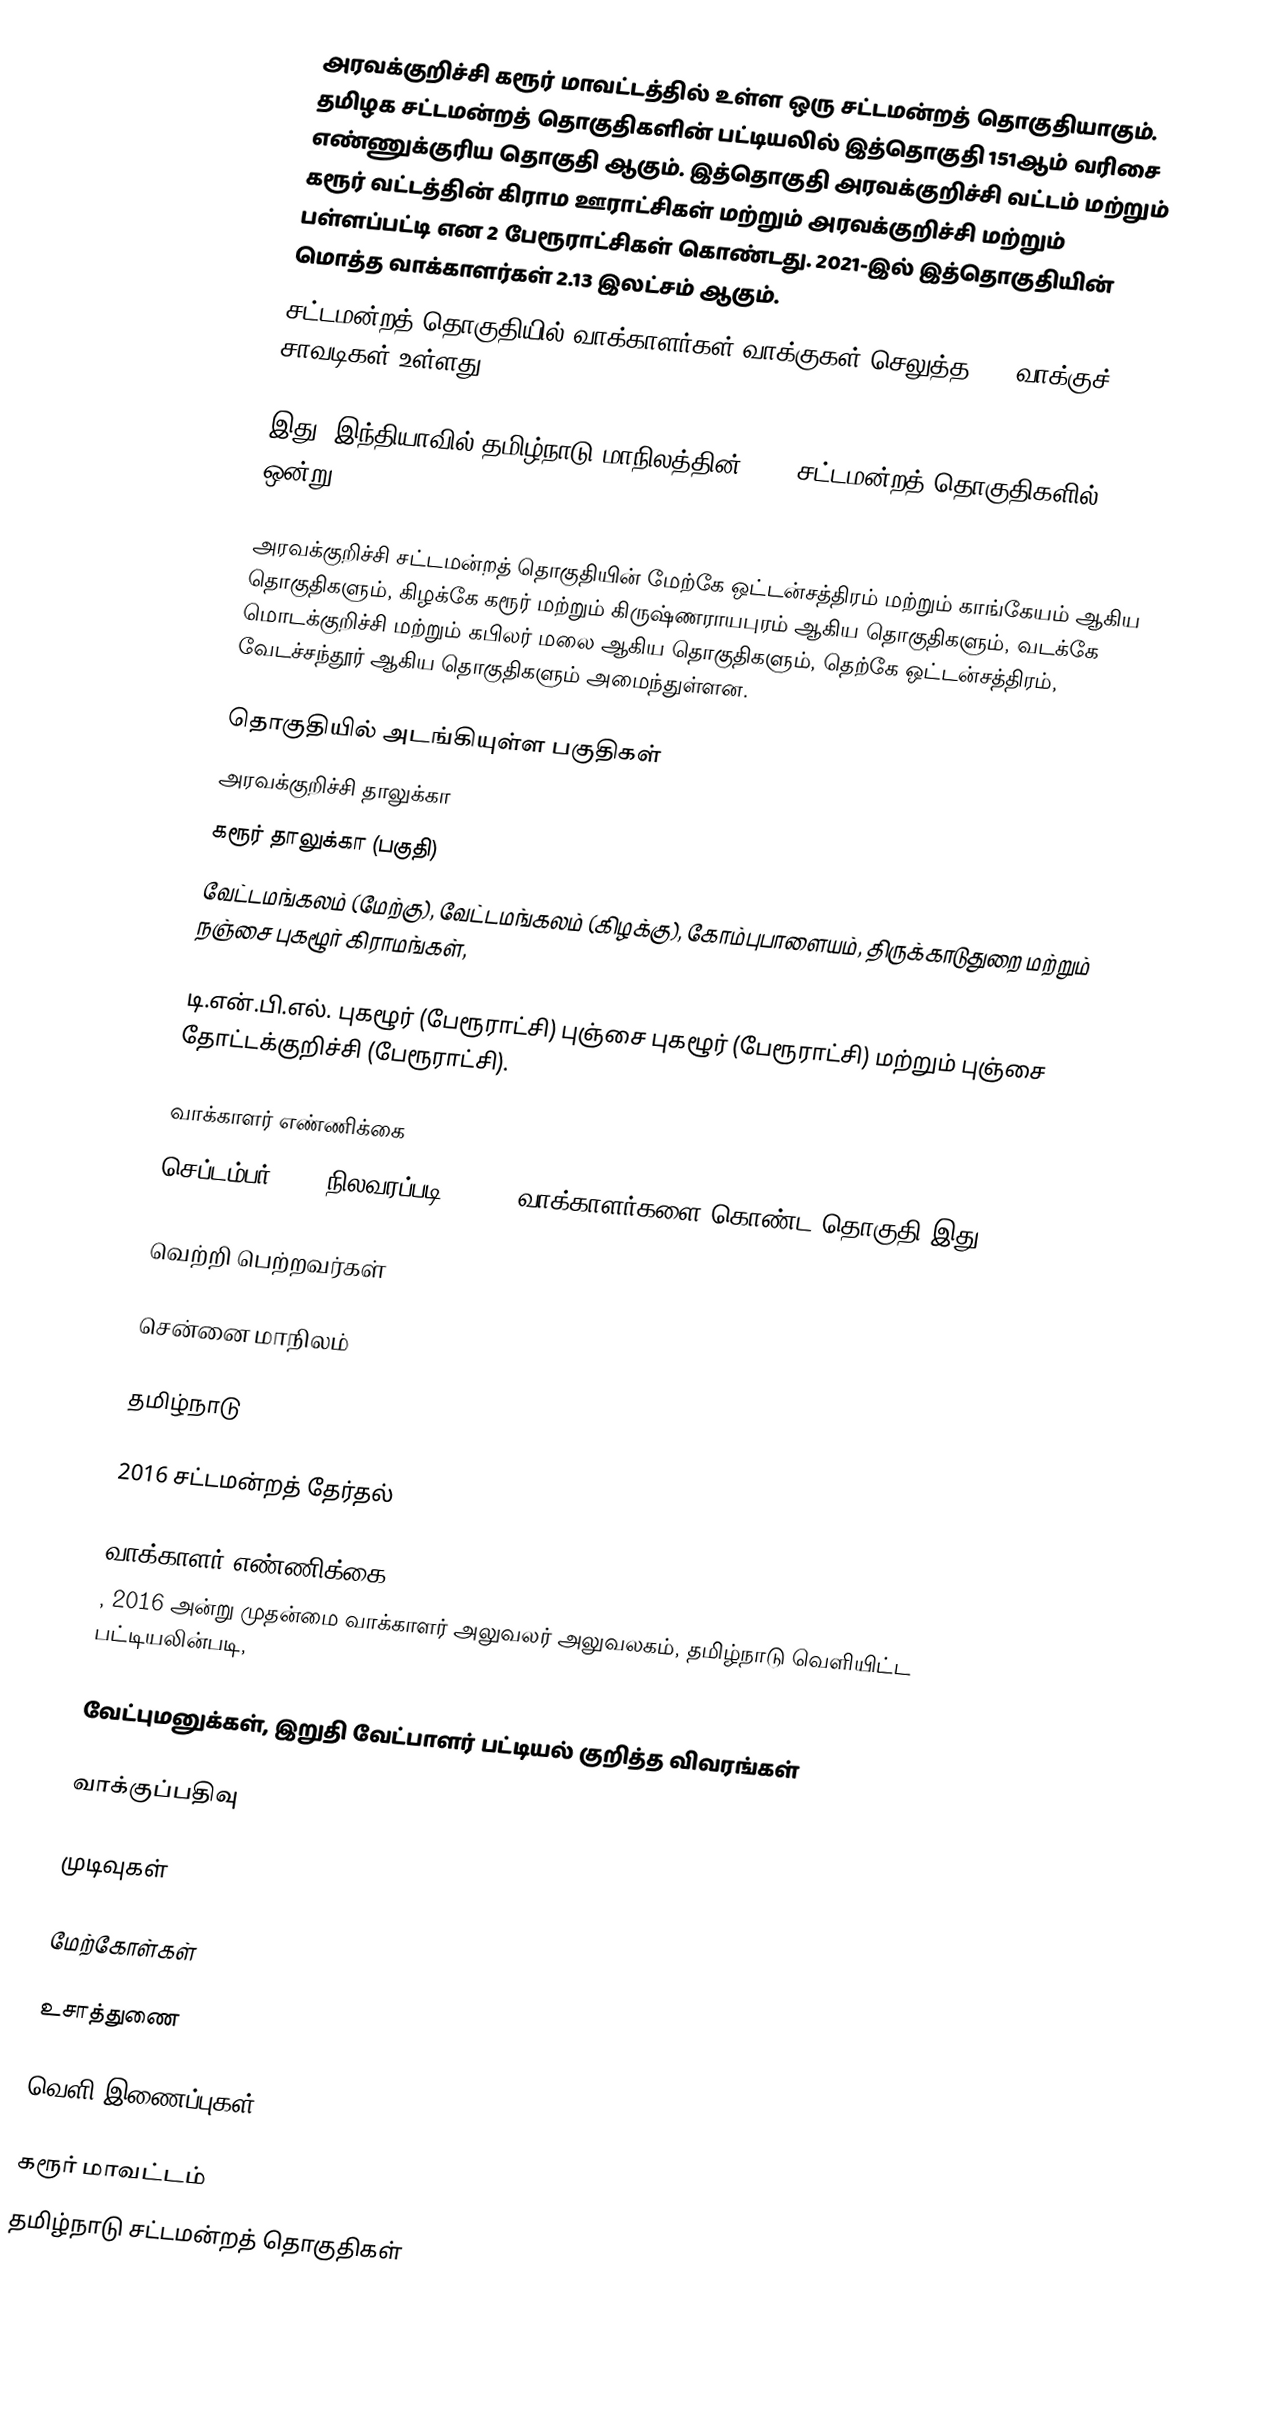
அரவக்குறிச்சி கரூர் மாவட்டத்தில் உள்ள ஒரு சட்டமன்றத் தொகுதியாகும். தமிழக சட்டமன்றத் தொகுதிகளின் பட்டியலில் இத்தொகுதி 151ஆம் வரிசை எண்ணுக்குரிய தொகுதி ஆகும். இத்தொகுதி அரவக்குறிச்சி வட்டம் மற்றும் கரூர் வட்டத்தின் கிராம ஊராட்சிகள் மற்றும் அரவக்குறிச்சி மற்றும் பள்ளப்பட்டி என 2 பேரூராட்சிகள் கொண்டது. 2021-இல் இத்தொகுதியின் மொத்த வாக்காளர்கள் 2.13 இலட்சம் ஆகும்.
சட்டமன்றத் தொகுதியில் வாக்காளர்கள் வாக்குகள் செலுத்த 247  வாக்குச் சாவடிகள் உள்ளது.

இது, இந்தியாவில் தமிழ்நாடு மாநிலத்தின், 234 சட்டமன்றத் தொகுதிகளில் ஒன்று.

அரவக்குறிச்சி சட்டமன்றத் தொகுதியின் மேற்கே ஒட்டன்சத்திரம் மற்றும் காங்கேயம் ஆகிய தொகுதிகளும், கிழக்கே கரூர் மற்றும் கிருஷ்ணராயபுரம் ஆகிய தொகுதிகளும், வடக்கே மொடக்குறிச்சி மற்றும் கபிலர் மலை ஆகிய தொகுதிகளும், தெற்கே ஒட்டன்சத்திரம், வேடச்சந்தூர் ஆகிய தொகுதிகளும் அமைந்துள்ளன.

தொகுதியில் அடங்கியுள்ள பகுதிகள்
அரவக்குறிச்சி தாலுக்கா
கரூர் தாலுக்கா (பகுதி)
வேட்டமங்கலம் (மேற்கு), வேட்டமங்கலம் (கிழக்கு), கோம்புபாளையம், திருக்காடுதுறை மற்றும் நஞ்சை புகழூர் கிராமங்கள்,

டி.என்.பி.எல். புகழூர் (பேரூராட்சி) புஞ்சை புகழூர் (பேரூராட்சி) மற்றும் புஞ்சை தோட்டக்குறிச்சி (பேரூராட்சி).

வாக்காளர் எண்ணிக்கை
செப்டம்பர் 2011 நிலவரப்படி 162365 வாக்காளர்களை  கொண்ட தொகுதி இது.

வெற்றி பெற்றவர்கள்

சென்னை மாநிலம்

தமிழ்நாடு

2016 சட்டமன்றத் தேர்தல்

வாக்காளர் எண்ணிக்கை
, 2016 அன்று முதன்மை வாக்காளர் அலுவலர் அலுவலகம், தமிழ்நாடு வெளியிட்ட பட்டியலின்படி,

வேட்புமனுக்கள், இறுதி வேட்பாளர் பட்டியல் குறித்த விவரங்கள்

வாக்குப்பதிவு

முடிவுகள்

மேற்கோள்கள்

உசாத்துணை

வெளி இணைப்புகள்

கரூர் மாவட்டம்
தமிழ்நாடு சட்டமன்றத் தொகுதிகள்